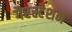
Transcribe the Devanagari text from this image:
गैरस्टेशन